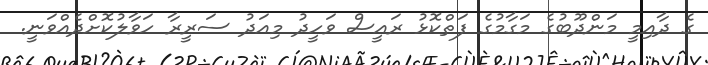
ގެ ދާއިމީ މަންދޫބުގެ މަގާމުގެ ފަތްކޮޅު ރައީސް ވަހީދު މިއަދު ސަރީރާ ހަވާލުކޮށްދެއްވަނީ.